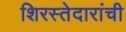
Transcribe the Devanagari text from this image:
शिरस्तेदारांची